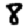
Digit: 8